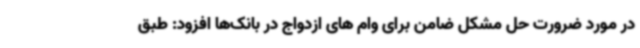
در مورد ضرورت حل مشکل ضامن برای وام های ازدواج در بانک‌ها افزود: طبق